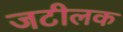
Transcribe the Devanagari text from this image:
जटीलक